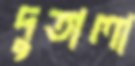
দুতালা